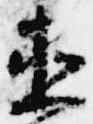
直